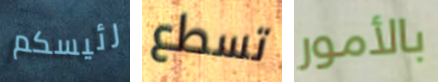
رئيسكم تسطع بالأمور